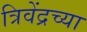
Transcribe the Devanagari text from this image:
त्रिवेंद्रच्या